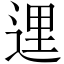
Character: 𨓦